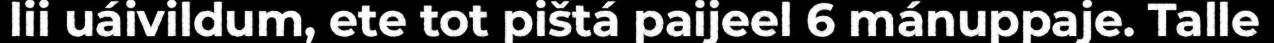
lii uáivildum, ete tot pištá paijeel 6 mánuppaje. Talle